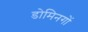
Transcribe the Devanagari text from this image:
डोमिनगों